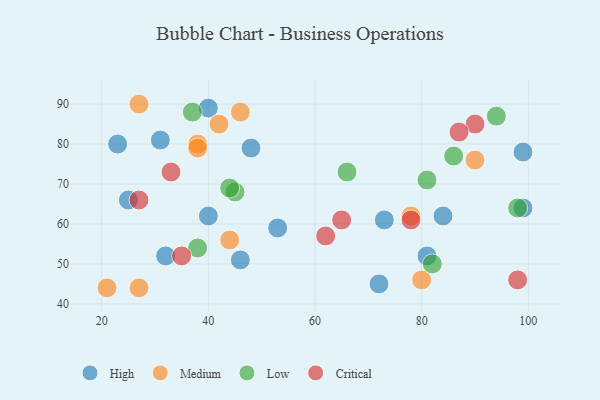
{"axis": {"x": "GDP", "y": "Life Expectancy"}, "legend": ["Critical", "High", "Low", "Medium"], "data": [{"x": "81", "y": 52, "type": "High"}, {"x": "46", "y": 51, "type": "High"}, {"x": "25", "y": 66, "type": "High"}, {"x": "40", "y": 62, "type": "High"}, {"x": "73", "y": 61, "type": "High"}, {"x": "72", "y": 45, "type": "High"}, {"x": "84", "y": 62, "type": "High"}, {"x": "99", "y": 64, "type": "High"}, {"x": "48", "y": 79, "type": "High"}, {"x": "40", "y": 89, "type": "High"}, {"x": "32", "y": 52, "type": "High"}, {"x": "99", "y": 78, "type": "High"}, {"x": "23", "y": 80, "type": "High"}, {"x": "53", "y": 59, "type": "High"}, {"x": "31", "y": 81, "type": "High"}, {"x": "27", "y": 90, "type": "Medium"}, {"x": "80", "y": 46, "type": "Medium"}, {"x": "38", "y": 80, "type": "Medium"}, {"x": "90", "y": 76, "type": "Medium"}, {"x": "21", "y": 44, "type": "Medium"}, {"x": "78", "y": 62, "type": "Medium"}, {"x": "38", "y": 79, "type": "Medium"}, {"x": "42", "y": 85, "type": "Medium"}, {"x": "27", "y": 44, "type": "Medium"}, {"x": "44", "y": 56, "type": "Medium"}, {"x": "46", "y": 88, "type": "Medium"}, {"x": "82", "y": 50, "type": "Low"}, {"x": "86", "y": 77, "type": "Low"}, {"x": "38", "y": 54, "type": "Low"}, {"x": "98", "y": 64, "type": "Low"}, {"x": "37", "y": 88, "type": "Low"}, {"x": "66", "y": 73, "type": "Low"}, {"x": "81", "y": 71, "type": "Low"}, {"x": "45", "y": 68, "type": "Low"}, {"x": "94", "y": 87, "type": "Low"}, {"x": "44", "y": 69, "type": "Low"}, {"x": "27", "y": 66, "type": "Critical"}, {"x": "98", "y": 46, "type": "Critical"}, {"x": "78", "y": 61, "type": "Critical"}, {"x": "33", "y": 73, "type": "Critical"}, {"x": "62", "y": 57, "type": "Critical"}, {"x": "65", "y": 61, "type": "Critical"}, {"x": "90", "y": 85, "type": "Critical"}, {"x": "87", "y": 83, "type": "Critical"}, {"x": "35", "y": 52, "type": "Critical"}]}